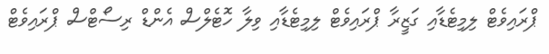
ޕްރައިވެޓް ލިމިޓެޑާއި ގަޒީރާ ޕްރައިވެޓް ލިމިޓެޑާއި ވިލާ ހޮޓެލްސް އެންޑް ރިސޯޓްސް ޕްރައިވެޓް